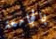
بالجامعة